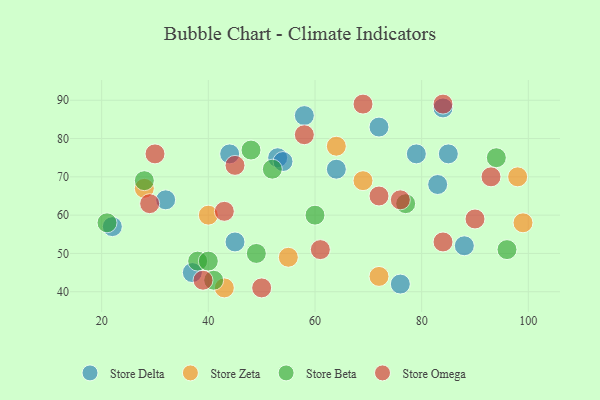
{"axis": {"x": "GDP", "y": "Life Expectancy"}, "legend": ["Store Beta", "Store Delta", "Store Omega", "Store Zeta"], "data": [{"x": "22", "y": 57, "type": "Store Delta"}, {"x": "37", "y": 45, "type": "Store Delta"}, {"x": "53", "y": 75, "type": "Store Delta"}, {"x": "32", "y": 64, "type": "Store Delta"}, {"x": "83", "y": 68, "type": "Store Delta"}, {"x": "79", "y": 76, "type": "Store Delta"}, {"x": "64", "y": 72, "type": "Store Delta"}, {"x": "76", "y": 42, "type": "Store Delta"}, {"x": "58", "y": 86, "type": "Store Delta"}, {"x": "88", "y": 52, "type": "Store Delta"}, {"x": "72", "y": 83, "type": "Store Delta"}, {"x": "54", "y": 74, "type": "Store Delta"}, {"x": "84", "y": 88, "type": "Store Delta"}, {"x": "45", "y": 53, "type": "Store Delta"}, {"x": "85", "y": 76, "type": "Store Delta"}, {"x": "44", "y": 76, "type": "Store Delta"}, {"x": "69", "y": 69, "type": "Store Zeta"}, {"x": "43", "y": 41, "type": "Store Zeta"}, {"x": "55", "y": 49, "type": "Store Zeta"}, {"x": "72", "y": 44, "type": "Store Zeta"}, {"x": "98", "y": 70, "type": "Store Zeta"}, {"x": "99", "y": 58, "type": "Store Zeta"}, {"x": "28", "y": 67, "type": "Store Zeta"}, {"x": "40", "y": 60, "type": "Store Zeta"}, {"x": "64", "y": 78, "type": "Store Zeta"}, {"x": "96", "y": 51, "type": "Store Beta"}, {"x": "38", "y": 48, "type": "Store Beta"}, {"x": "21", "y": 58, "type": "Store Beta"}, {"x": "52", "y": 72, "type": "Store Beta"}, {"x": "60", "y": 60, "type": "Store Beta"}, {"x": "49", "y": 50, "type": "Store Beta"}, {"x": "77", "y": 63, "type": "Store Beta"}, {"x": "48", "y": 77, "type": "Store Beta"}, {"x": "94", "y": 75, "type": "Store Beta"}, {"x": "28", "y": 69, "type": "Store Beta"}, {"x": "40", "y": 48, "type": "Store Beta"}, {"x": "41", "y": 43, "type": "Store Beta"}, {"x": "30", "y": 76, "type": "Store Omega"}, {"x": "50", "y": 41, "type": "Store Omega"}, {"x": "84", "y": 53, "type": "Store Omega"}, {"x": "72", "y": 65, "type": "Store Omega"}, {"x": "58", "y": 81, "type": "Store Omega"}, {"x": "43", "y": 61, "type": "Store Omega"}, {"x": "76", "y": 64, "type": "Store Omega"}, {"x": "84", "y": 89, "type": "Store Omega"}, {"x": "61", "y": 51, "type": "Store Omega"}, {"x": "93", "y": 70, "type": "Store Omega"}, {"x": "29", "y": 63, "type": "Store Omega"}, {"x": "90", "y": 59, "type": "Store Omega"}, {"x": "39", "y": 43, "type": "Store Omega"}, {"x": "45", "y": 73, "type": "Store Omega"}, {"x": "69", "y": 89, "type": "Store Omega"}]}